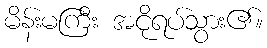
မိန်းမကြီး အငိုရပ်သွား၏။